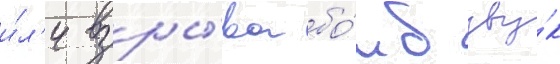
и́л'и взры́ва бо́мб зву́к